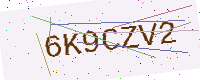
Text: 6K9CZV2